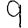
Digit: 9